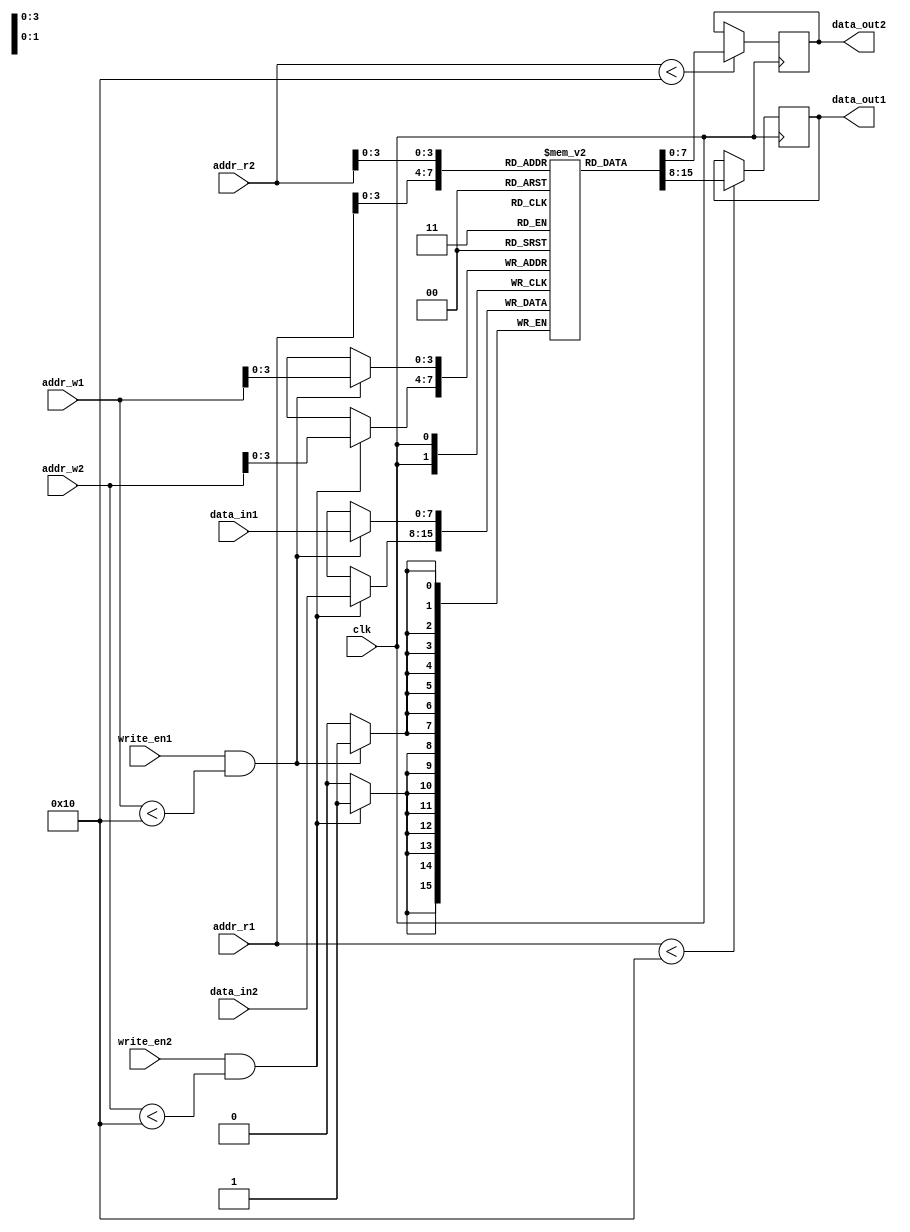
module register_file (
    input wire clk,
    input wire [7:0] addr_r1,
    input wire [7:0] addr_w1,
    input wire [7:0] data_in1,
    input wire write_en1,
    output reg [7:0] data_out1,
    
    input wire [7:0] addr_r2,
    input wire [7:0] addr_w2,
    input wire [7:0] data_in2,
    input wire write_en2,
    output reg [7:0] data_out2
);

parameter NUM_REGS = 16; // Specify number of registers
parameter REG_WIDTH = 8; // Define bit width of each register

reg [REG_WIDTH-1:0] regs [NUM_REGS-1:0];

always @(posedge clk) begin
    // Read data from first port
    if (addr_r1 < NUM_REGS) begin
        data_out1 <= regs[addr_r1];
    end
    
    // Write data to first port
    if (write_en1 && addr_w1 < NUM_REGS) begin
        regs[addr_w1] <= data_in1;
    end
    
    // Read data from second port
    if (addr_r2 < NUM_REGS) begin
        data_out2 <= regs[addr_r2];
    end
    
    // Write data to second port
    if (write_en2 && addr_w2 < NUM_REGS) begin
        regs[addr_w2] <= data_in2;
    end
end

endmodule